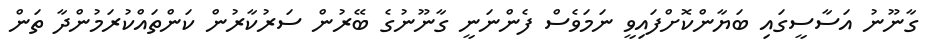
ގާނޫނު އަސާސީގައި ބަޔާންކޮށްފައިވީ ނަމަވެސް ފެންނަނީ ގާނޫނުގެ ބޭރުން ސަރުކާރުން ކަންތައްކުރަމުންދާ ތަން